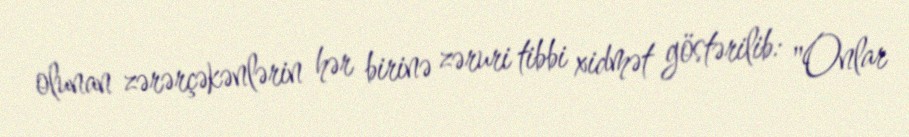
olunan zərərçəkənlərin hər birinə zəruri tibbi xidmət göstərilib: "Onlar